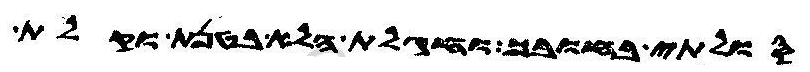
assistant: סולתי בחובך וחגלת הלא בטנת וקלת